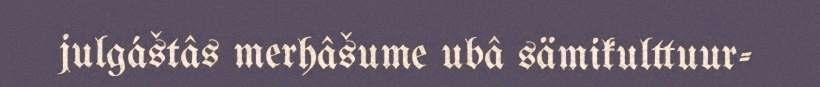
julgáštâs merhâšume ubâ sämikulttuur-